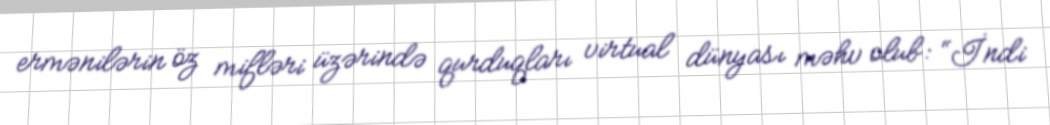
ermənilərin öz mifləri üzərində qurduqları virtual dünyası məhv olub: “İndi